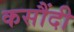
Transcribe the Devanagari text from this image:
कसौंदी